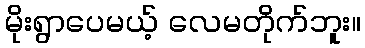
မိုးရွာပေမယ့် လေမတိုက်ဘူး။